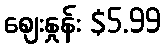
စျေးနှုန်း $5.99